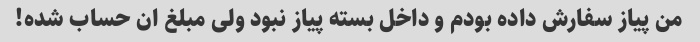
من پیاز سفارش داده بودم و داخل بسته پیاز نبود ولی مبلغ ان حساب شده!